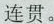
连贯。